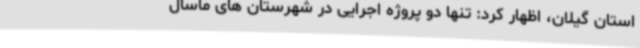
استان گیلان، اظهار کرد: تنها دو پروژه اجرایی در شهرستان های ماسال